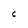
Character: C